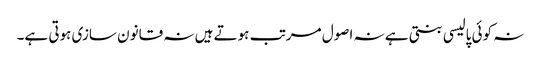
نہ کوئی پالیسی بنتی ہے نہ اصول مرتب ہوتے ہیں نہ قانون سازی ہوتی ہے۔